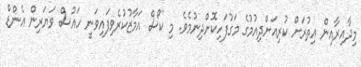
މިދާއިރާއިން އިތުރަށް ކުރިއަށްދިއުމުގެ މަގުފަހިކޮށްދިނުމެވެ. މި ކޯސް އަމާޒުކުރެވިފައިވަނީ ހައުސް ވަޔަރިން އެންޑް